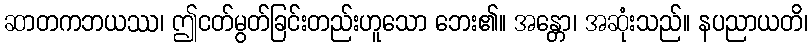
ဆာတကဘယဿ၊ ဤငတ်မွတ်ခြင်းတည်းဟူသော ဘေး၏။ အန္တော၊ အဆုံးသည်။ နပညာယတိ၊